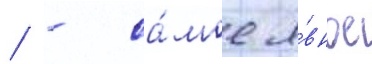
/ - са́мое я́вное